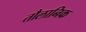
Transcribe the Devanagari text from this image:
तौलानिक